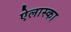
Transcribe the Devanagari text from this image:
ऐलास्का